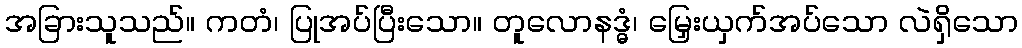
အခြားသူသည်။ ကတံ၊ ပြုအပ်ပြီးသော။ တူလောနဒ္ဓံ၊ မြှေးယှက်အပ်သော လဲရှိသော